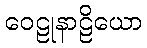
ဝေဠုနာဠိယော